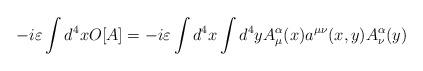
LaTeX: \begin{align*}-i\varepsilon \int d^{4}xO[A]=-i\varepsilon \int d^{4}x\int d^{4}yA_{\mu }^{\alpha }(x)a^{\mu \nu }(x,y)A_{\nu }^{\alpha }(y)\end{align*}